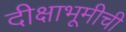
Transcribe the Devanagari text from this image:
दीक्षाभूमीची